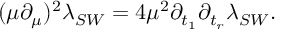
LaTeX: ( \mu \partial _ { \mu } ) ^ { 2 } \lambda _ { S W } = 4 \mu ^ { 2 } \partial _ { t _ { 1 } } \partial _ { t _ { r } } \lambda _ { S W } .